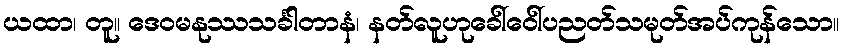
ယထာ၊ တူ။ ဒေဝမနုဿသင်္ခါတာနံ၊ နတ်လူဟုခေါ်ဝေါ်ပညတ်သမုတ်အပ်ကုန်သော။